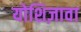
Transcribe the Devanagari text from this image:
योशिज़ावा